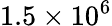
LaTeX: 1.5\times 10^{6}